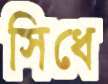
সিধে